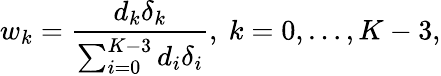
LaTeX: w_{k}=\frac{d_{k}\delta_{k}}{\sum_{i=0}^{K-3}d_{i}\delta_{i}},\mathrm{~}k=0,\dots,K-3,